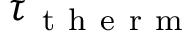
\tau _ { \mathrm { ~ t ~ h ~ e ~ r ~ m ~ } }